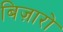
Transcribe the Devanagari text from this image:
बिज़ारो